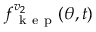
f _ { \mathrm { ~ k ~ e ~ p ~ } } ^ { v _ { 2 } } ( \theta , t )